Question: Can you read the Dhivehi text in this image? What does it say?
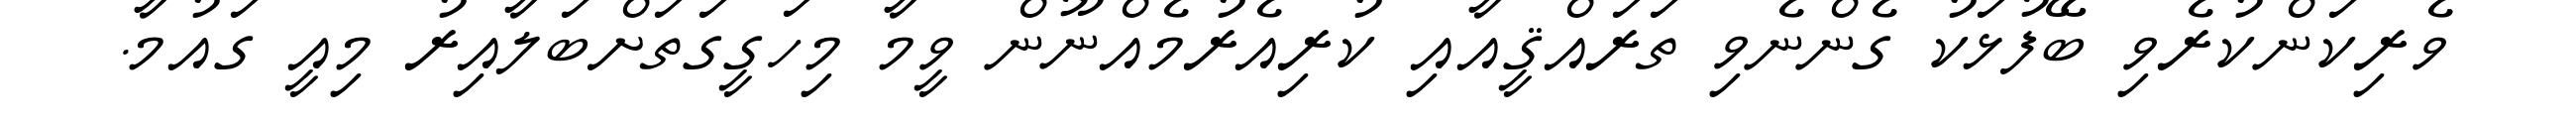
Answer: ވެރިކަންކުރެވި ބޭފުޅަކު ގެންނެވި ތަރައްޤީއާއި ކުރިއެރުމެއްނޫން ވީމާ މިހަގީގަތަށްބަލާއިރު މިއީ ގައުމާ.